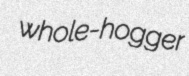
whole-hogger